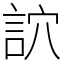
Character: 䛎